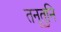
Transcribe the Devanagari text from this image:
तनूतुनि